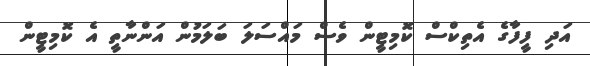
އަދި ފީފާގެ އެތިކްސް ކޮމިޓީން ވެސް މައްސަލަ ބަލަމުން އަންނާތީ އެ ކޮމިޓީން